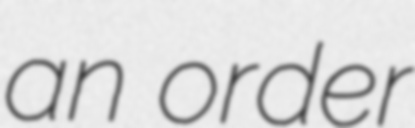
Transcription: an order